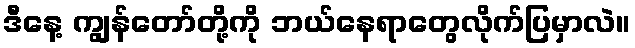
ဒီနေ့ ကျွန်တော်တို့ကို ဘယ်နေရာတွေလိုက်ပြမှာလဲ။